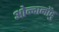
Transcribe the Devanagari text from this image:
ओन्दानोंदु